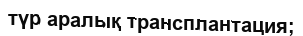
түр аралық трансплантация;